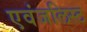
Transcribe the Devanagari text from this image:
एवंजलिस्ट